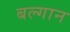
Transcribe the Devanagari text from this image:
बल्गान